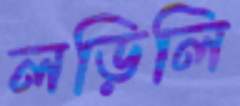
লড়িলি